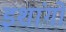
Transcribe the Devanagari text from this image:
इशांगो